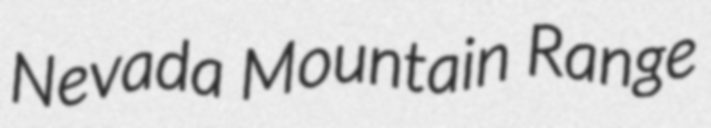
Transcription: Nevada Mountain Range